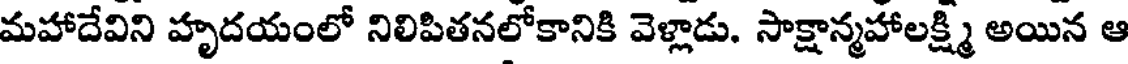
మహాదేవిని హృదయంలో నిలిపితనలోకానికి వెళ్లాడు. సాక్షాన్మహాలక్ష్మి అయిన ఆ